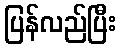
ပြန်လည်ပြီး